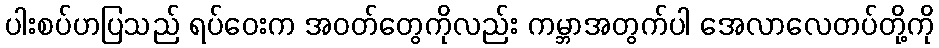
ပါးစပ်ဟပြသည် ရပ်ဝေးက အဝတ်တွေကိုလည်း ကမ္ဘာအတွက်ပါ အေလာလေတပ်တို့ကို